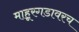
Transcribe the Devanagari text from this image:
माहूरगडावरच